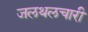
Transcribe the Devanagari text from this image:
जलथलचारी